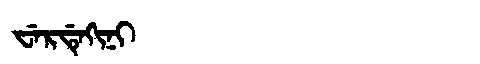
Manchu: ᠸᡝᡵᡩᡝᡴᡳᠨᡳ
Romanization: WERDEKINI